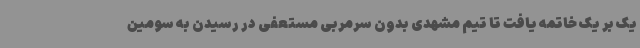
یک بر یک خاتمه یافت تا تیم مشهدی بدون سرمربی مستعفی در رسیدن به سومین